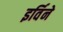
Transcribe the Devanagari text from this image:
इर्विने